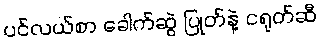
ပင်လယ်စာ ခေါက်ဆွဲ ပြုတ်နဲ့ ငရုတ်ဆီ